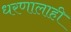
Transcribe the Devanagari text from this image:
धरणालाही